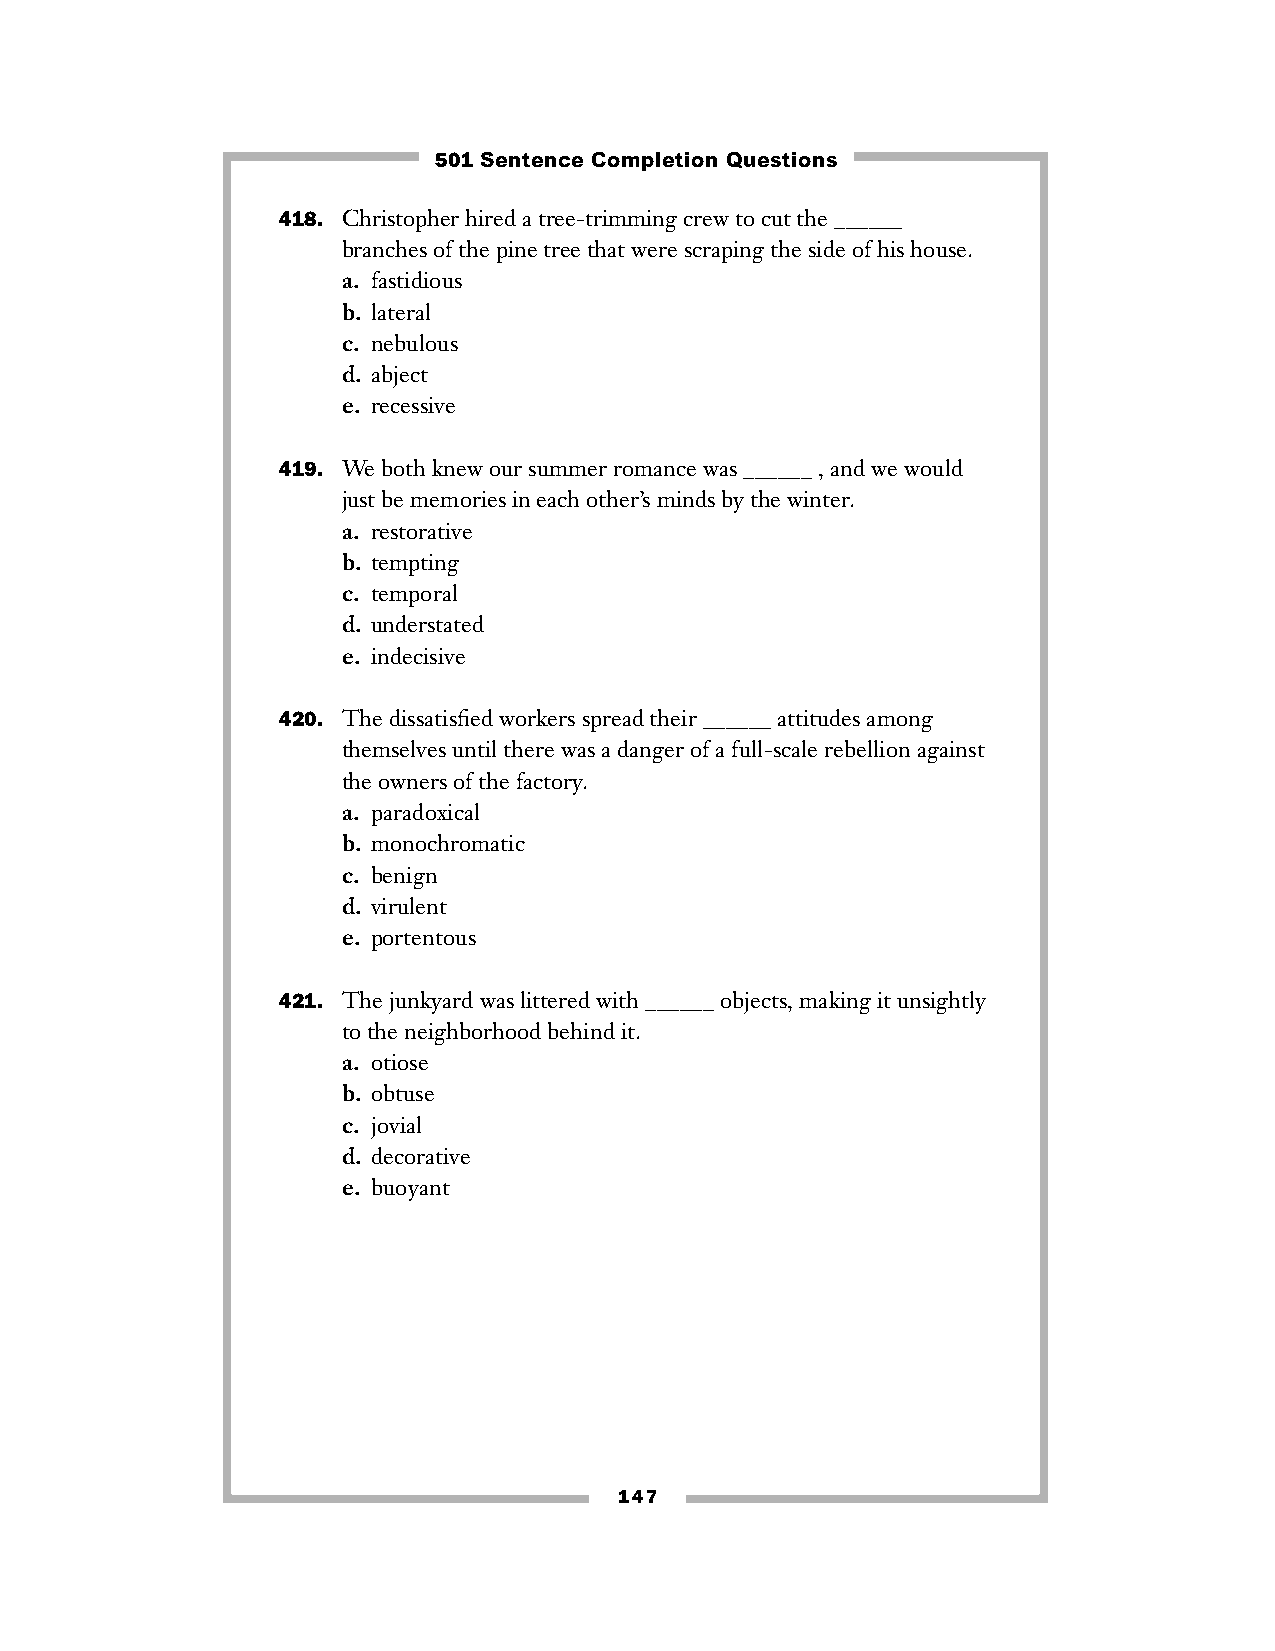
501 Sentence Completion Questions
 418. Christopher hired a tree-trimming crew to cut the ______
 branches of the pine tree that were scraping the side of his house.
 a. fastidious
 b. lateral
 c. nebulous
 d. abject
 e. recessive
 419. We both knew our summer romance was ______ , and we would
 just be memories in each other’s minds by the winter.
 a. restorative
 b. tempting
 c. temporal
 d. understated
 e. indecisive
 420. The dissatisfied workers spread their ______ attitudes among
 themselves until there was a danger of a full-scale rebellion against
 the owners of the factory.
 a. paradoxical
 b. monochromatic
 c. benign
 d. virulent
 e. portentous
 421. The junkyard was littered with ______ objects, making it unsightly
 to the neighborhood behind it.
 a. otiose
 b. obtuse
 c. jovial
 d. decorative
 e. buoyant
 147